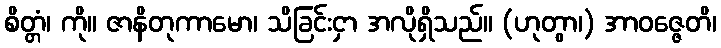
စိတ္တံ၊ ကို။ ဇာနိတုကာမော၊ သိခြင်းငှာ အလိုရှိသည်။ (ဟုတွာ၊) အာဝဇ္ဇေတိ၊